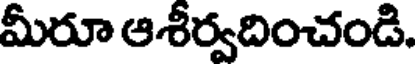
మీరూ ఆశీర్వదించండి.